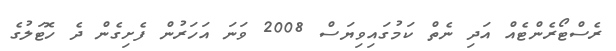
ރެސްޓޯރެންޓެއް އަދި ނެތް ކަމުގައިވިޔަސް 2008 ވަނަ އަހަރުން ފެށިގެން ދެ ހޮޓަލުގެ